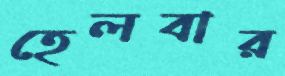
হেলবার